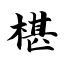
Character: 椹